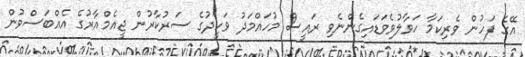
އޭގެ ފަހުން ވެރިކަމާ ހަވާލުވެވަޑައިގެންނެވި ރައީސް މުހައްމަދު ވަހީދުގެ ސަރުކާރުން ޖީއެމްއާރުގެ އެއްބަސްވުން